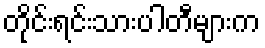
တိုင်းရင်းသားပါတီများက